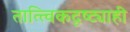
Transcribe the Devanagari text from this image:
तात्त्विकदृष्ट्याही